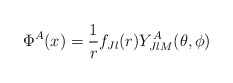
\begin{align*}\Phi ^A (x) = {1 \over r} f_{Jl} (r) Y^A _{JlM} (\theta , \phi )\end{align*}